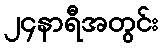
၂၄နာရီအတွင်း